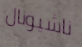
ناشيونال